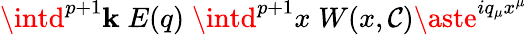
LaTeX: \intd^{p+1}\mathbf{k}\; E(q)\; \intd^{p+1}x\; W(x,\mathcal{C})\aste^{iq_{\mu}x^{\mu}}